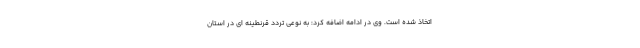
اتخاذ شده است. وی در ادامه اضافه کرد: به نوعی تردد قرنطینه ای در استان